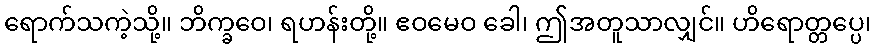
ရောက်သကဲ့သို့။ ဘိက္ခဝေ၊ ရဟန်းတို့။ ဧဝမေဝ ခေါ၊ ဤအတူသာလျှင်။ ဟိရောတ္တပ္ပေ၊